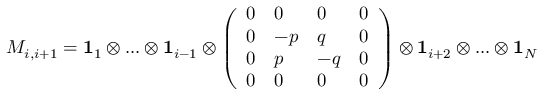
M _ { i , i + 1 } = \mathbf { 1 } _ { 1 } \otimes . . . \otimes \mathbf { 1 } _ { i - 1 } \otimes \left( \begin{array} { l l l l } { 0 } & { 0 } & { 0 } & { 0 } \\ { 0 } & { - p } & { q } & { 0 } \\ { 0 } & { p } & { - q } & { 0 } \\ { 0 } & { 0 } & { 0 } & { 0 } \end{array} \right) \otimes \mathbf { 1 } _ { i + 2 } \otimes . . . \otimes \mathbf { 1 } _ { N }